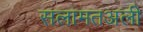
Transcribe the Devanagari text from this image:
सलामतअली